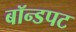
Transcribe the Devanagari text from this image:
बॉन्डपट